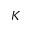
K